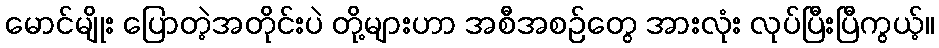
မောင်မျိုး ပြောတဲ့အတိုင်းပဲ တို့များဟာ အစီအစဉ်တွေ အားလုံး လုပ်ပြီးပြီကွယ့်။